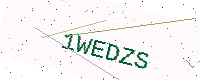
Text: 1WEDZS